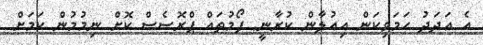
އެ އަދަދު ހަމަވިކަން އިއުލާން ކުރާނީ